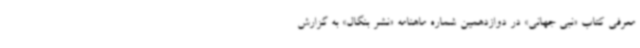
معرفی کتاب «نبی جهانی» در دوازدهمین شماره ماهنامه «نشر بنگال» به گزارش